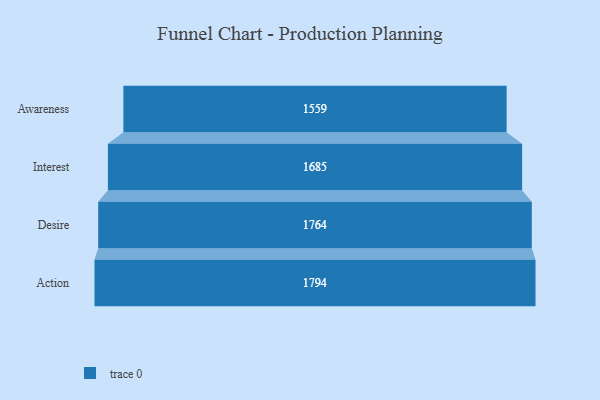
{"axis": {"x": "Stage", "y": "Value"}, "legend": [""], "data": [{"x": "Awareness", "y": 1559.0, "type": ""}, {"x": "Interest", "y": 1685.0, "type": ""}, {"x": "Desire", "y": 1764.0, "type": ""}, {"x": "Action", "y": 1794.0, "type": ""}]}